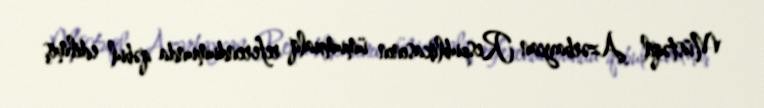
Müstəqil Azərbaycan Respublikasının ümumxalq referendumunda qəbul edilmiş